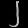
Digit: ၂